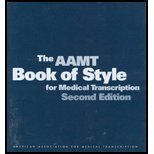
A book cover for AAMT Book of Style for Medical Transcription (2nd, 02) by (AAMT), American Association for Medical Transcription [Paperback (2002)]; various; Medical Books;